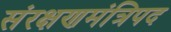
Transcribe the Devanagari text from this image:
संरक्षणमंत्रिपद